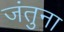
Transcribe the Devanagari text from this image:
जंतुना